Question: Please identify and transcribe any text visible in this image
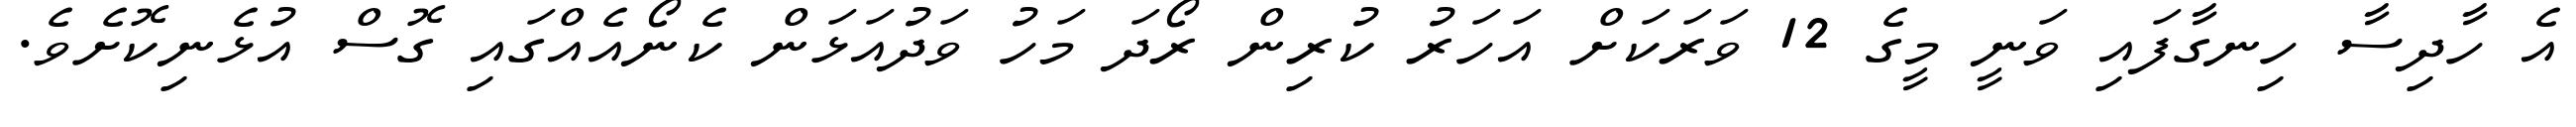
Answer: އެ ހާދިސާ ހިނގާފައި ވަނީ މީގެ 12 ވަރަކަށް އަހަރު ކުރިން ރޯދަ މަހު ވަދުއަޅަން ކެނޯއެއްގައި ގޮސް އުޅެނިކޮށެވެ.